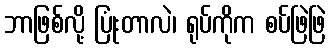
ဘာဖြစ်လို့ ပြုံးတာလဲ၊ ရုပ်ကိုက စပ်ဖြဲဖြဲ